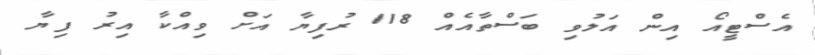
އެސްޓީއޯ އިން އަލުވި ބަސްތާއެއް 118 ރުފިޔާ އަށް ވިއްކާ އިރު ފިޔާ